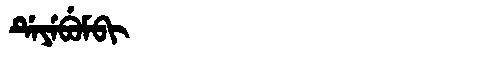
Manchu: ᡩᡝᠶᡝᠪᡠᠮᠪᡳ
Romanization: DEYEBUMBI